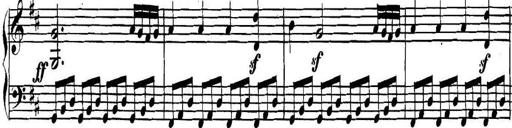
Title: Collected Piano Sonatas
Composer: Muzio Clementi